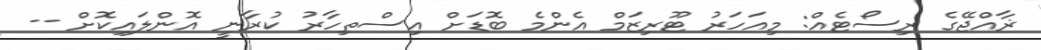
ޜާއްޖޭގެ ރިސޯޓެއް: މިއަހަރު ޓޫރިޒަމް އެންމެ ބޮޑަށް އިސްތިހާރު ކުރާނީ އޮންލައިކޮށް --